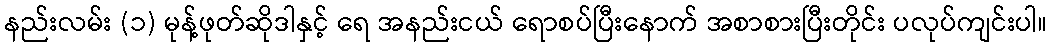
နည်းလမ်း (၁) မုန့်ဖုတ်ဆိုဒါနှင့် ရေ အနည်းငယ် ရောစပ်ပြီးနောက် အစာစားပြီးတိုင်း ပလုပ်ကျင်းပါ။